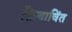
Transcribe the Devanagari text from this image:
क्रियाविंत